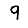
Digit: 9